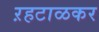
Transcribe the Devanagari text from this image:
ऱहटाळकर